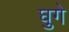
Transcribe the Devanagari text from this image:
घुगे